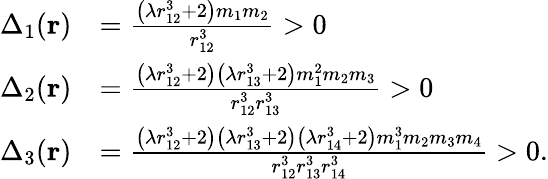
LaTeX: \begin{array}{rl}{\Delta_{1}(\mathbf{r})}&{=\frac{{\left(\lambda r_{12}^{3}+2\right)}m_{1}m_{2}}{r_{12}^{3}}>0}\\ {\Delta_{2}(\mathbf{r})}&{=\frac{{\left(\lambda r_{12}^{3}+2\right)}{\left(\lambda r_{13}^{3}+2\right)}m_{1}^{2}m_{2}m_{3}}{r_{12}^{3}r_{13}^{3}}>0}\\ {\Delta_{3}(\mathbf{r})}&{=\frac{{\left(\lambda r_{12}^{3}+2\right)}{\left(\lambda r_{13}^{3}+2\right)}{\left(\lambda r_{14}^{3}+2\right)}m_{1}^{3}m_{2}m_{3}m_{4}}{r_{12}^{3}r_{13}^{3}r_{14}^{3}}>0.}\end{array}